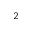
_ 2